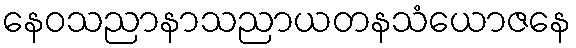
နေဝသညာနာသညာယတနသံယောဇနေ